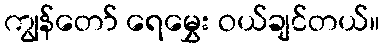
ကျွန်တော် ရေမွှေး ဝယ်ချင်တယ်။